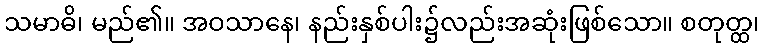
သမာဓိ၊ မည်၏။ အဝသာနေ၊ နည်းနှစ်ပါး၌လည်းအဆုံးဖြစ်သော။ စတုတ္ထ၊